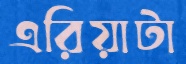
এরিয়াটা